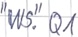
Text: "WS".Q1